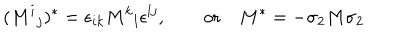
( M ^ { i } { } _ { j } ) ^ { * } = \epsilon _ { i k } M ^ { k } { } _ { l } \epsilon ^ { l j } , \qquad \mathrm { o r } \quad M ^ { * } = - \sigma _ { 2 } M \sigma _ { 2 }